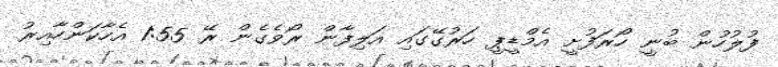
ފުލުހުން ބުނީ ހޯރަފުށީ އެމްޑީޕީ ހަރުގޭގައި އަލިފާން ރޯވެގެން ރޭ 1:55 އެހާކަންހާއިރު